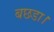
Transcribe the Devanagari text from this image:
बछडा।